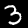
Label: 3